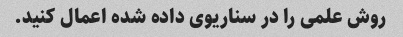
روش علمی را در سناریوی داده شده اعمال کنید.